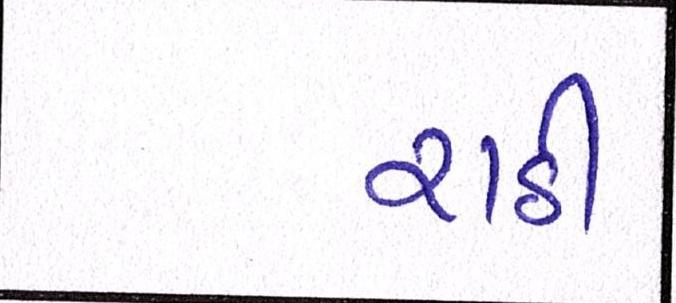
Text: રાઠી